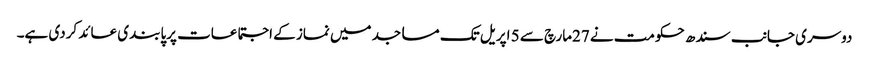
دوسری جانب سندھ حکومت نے 27مارچ سے 5 اپریل تک مساجد میں نماز کے اجتماعات پرپابندی عائد کردی ہے۔